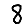
Digit: 8